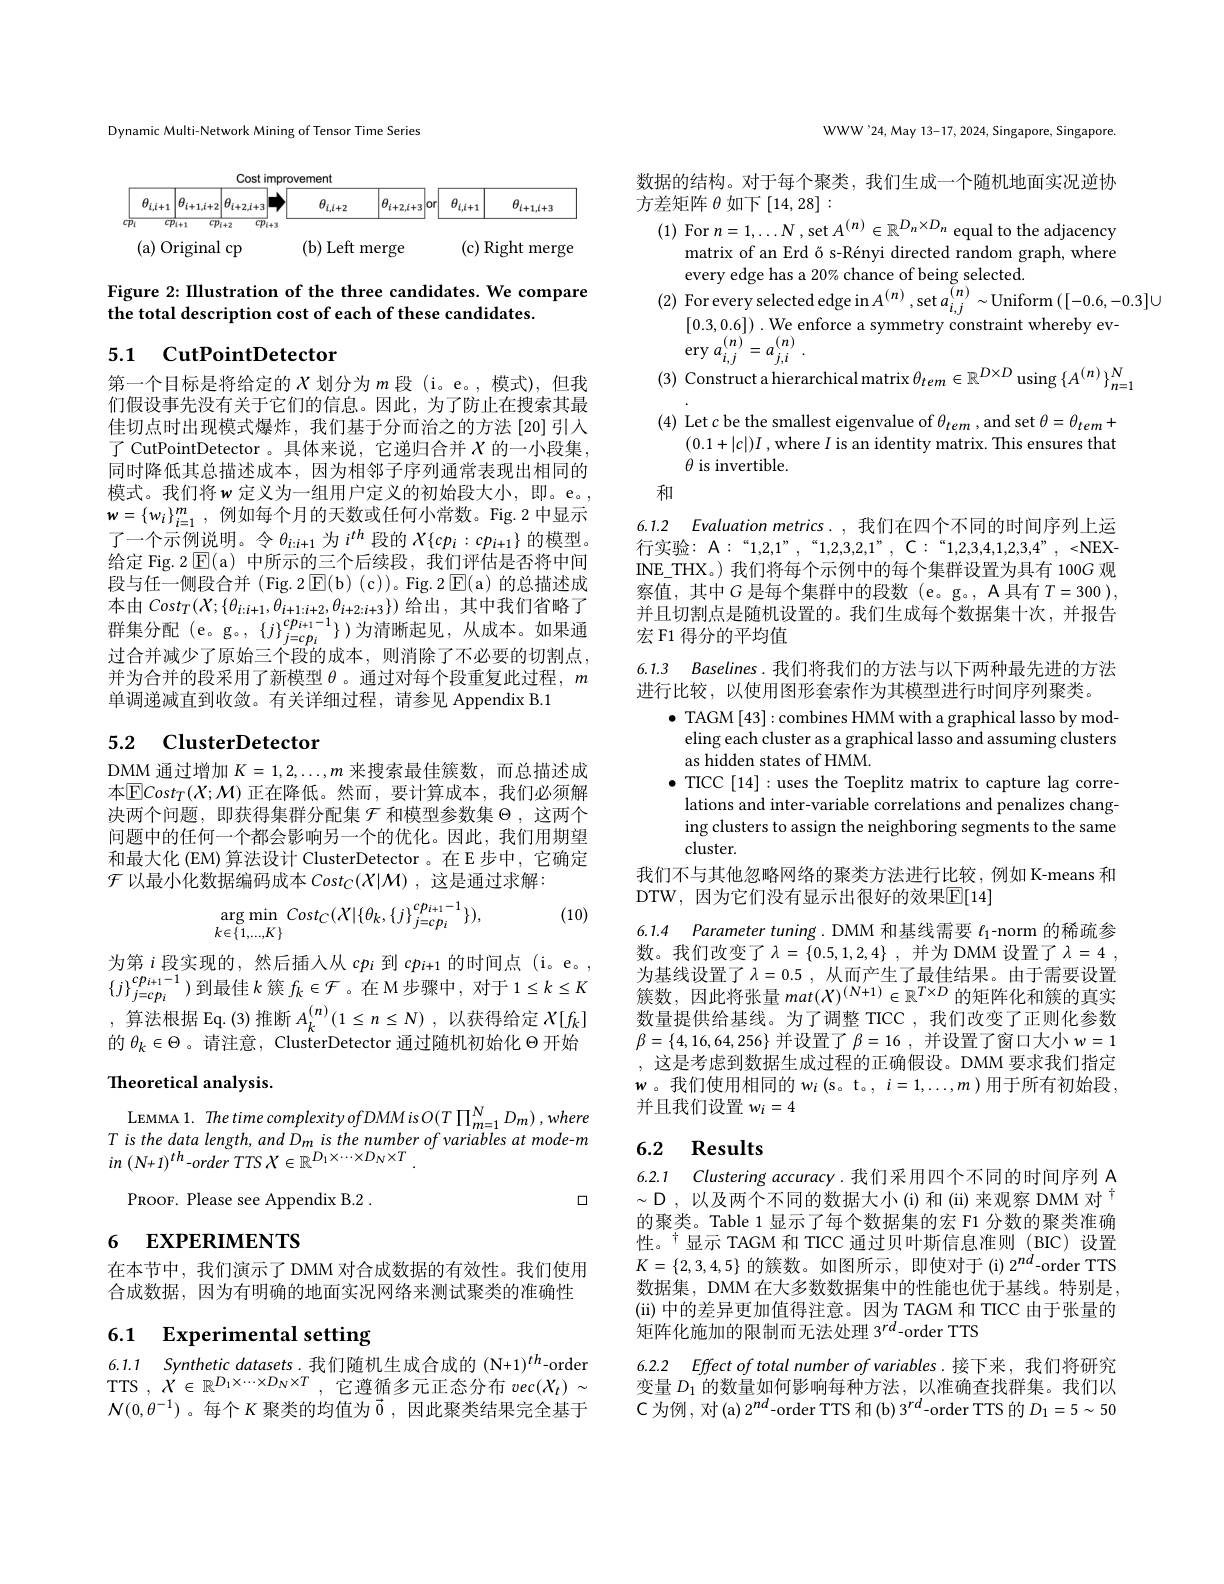
Dynamic Multi-Network Mining of Tensor Time Series

<FigureHere>

Figure 2: Illustration of the three candidates. We compare
the total description cost of each of these candidates.

## 5.1 CutPointDetector

第一个目标是将给定的$X$划分为$m$ 段(i。e。,模式),但我们假设事先没有关于它们的信息。因此，为了防止在搜索其最佳切点时出现模式爆炸，我们基于分而治之的方法[20]引入了 CutPointDetector 。具体来说，它递归合并$X$的一小段集， 同时降低其总描述成本，因为相邻子序列通常表现出相同的模式。我们将$w$ 定义为一组用户定义的初始段大小，即。e。, $w=\{w_i\}_{i=1}^m$,例如每个月的天数或任何小常数。Fig.2中显示了一个示例说明。令$\theta_i:i+1$为$i^{th}$段的$X\{cp_i:cp_{i+1}\}$的模型。给定 Fig. 2 $\operatorname{E}($a) 中所示的三个后续段，我们评估是否将中间段与任一侧段合并 (Fig.2$\operatorname{E}(\mathfrak{b})(\mathfrak{c}))$。Fig.2$\operatorname{E}(\mathfrak{a})$的总描述成本由$Cost_T(X;\{\theta_{i:i+1},\theta_{i+1:i+2},\theta_{i+2:i+3}\})$给出，其中我们省略了群集分配(e。g。,$\{j\}_{j=cp_i}^{cp_{i+1}-1}\})为清晰起见，从成本。如果通$ 过合并减少了原始三个段的成本，则消除了不必要的切割点， 并为合并的段采用了新模型$\theta$。通过对每个段重复此过程，$m$ 单调递减直到收敛。有关详细过程，请参见 Appendix B.1

## 5.2 ClusterDetector

DMM 通过增加$K=1,2,\ldots,m$来搜索最佳簇数，而总描述成本$\overline {\mathrm{E} }Cost_T( X; \mathcal{M} )$ 正在降低。然而，要计算成本，我们必须解决两个问题，即获得集群分配集$\mathcal{F}$和模型参数集$\Theta$,这两个问题中的任何一个都会影响另一个的优化。因此，我们用期望和最大化 (EM) 算法设计 ClusterDetector 。在 E 步中，它确定$\mathcal{F}$以最小化数据编码成本$Cost_C(X|\mathcal{M})$,这是通过求解：

(10)
$$\arg\min_{k\in\{1,...,K\}}Cost_{C}(X|\{\theta_{k},\{j\}_{j=cp_{i}}^{cp_{i+1}-1}\}),$$
为 第 $i$ 段 实 现 的 , 然 后 插 入 从 $cp_{i}$ 到 $cp_{i+ 1}$ 的 时 间 点 (i。e。, $\{ j\} _{j= cp_{i}}^{cp_{i+ 1}- 1})$ 到 最 佳 $k$ 簇 $f_{k}\in \mathcal{F}$ 。在 M 步 骤 中 , 对 于 $1\leq k\leq K$ 的 : 由 由 由 $r_{i}( n)$ , thaur $( n)$ , thaur $( n)$ , thaur $( n)$ , thaur $( n)$ , thaur $( n)$ , thaur $( n)$ , thaur $( n)$ , t ,算法根据 Eq.(3)推断$A_k^{(n)}(1\leq n\leq N)$,以获得给定$X[f_k]$ 的$\theta_k\in\Theta$。请注意，ClusterDetector 通过随机初始化$\Theta$开始Theoretical analysis.

LEMMA 1. The time complexity ofDMM is O(T $\Pi_{m=1}^{N}D_{m})$ ,where $T$ is the data length, and Dm is the number of variables at mode-m $in$ $( N+ 1) ^{th}$-order TTS $X\in \mathbb{R} _1^D\times \cdots \times D_N\times T$ .

口

PROOF. Please see Appendix B.2 .

# 6 EXPERIMENTS

在本节中，我们演示了 DMM 对合成数据的有效性。我们使用合成数据，因为有明确的地面实况网络来测试聚类的准确性

# 6.1 Experimental setting

6.1.1 Synthetic datasets.我们随机生成合成的(N+1)$^{th}$-order TTS $,X\in\mathbb{R}^{D_1\times\cdots\times D_N\times T}$,它遵循多元正态分布$vec(X_t)\sim$ $\mathcal{N}(0,\theta^{-1})$。每个$K$聚类的均值为$\vec{0}$,因此聚类结果完全基于

WWW'24,May 13-17, 2024, Singapore, Singapore.

数据的结构。对于每个聚类，我们生成一个随机地面实况逆协
方差矩阵$\theta$如下[14,28]:
(1) For $n=1,\ldots N$ , set $A^{(n)}\in\mathbb{R}^{D_n\times D_n}$ equal to the adjacency

matrix of an Erd ő s-Rényi directed random graph, where
every edge has a 20% chance of being selected.
(2) For every selected edge in $A^{(n)},\sec a_{i,j}^{(n)}\sim$Uniform$\left([-0.6,-0.3]\cup\right.$
[0.3,0.6]) . We enforce a symmetry constraint whereby ev- ery $a_{i, j}^{( n) }= a_{j, i}^{( n) }$ .
(3) Construct a hierarchical matrix $\theta_tem\in\mathbb{R}^{D\times D}$ using $\{A^{(n)}\}_n=1^N$
(4) Let $c$ be the smallest eigenvalue of $\theta_tem$,and set $\theta=\theta_tem+$
$(0.1+|c|)I$ , where $I$ is an identity matrix. This ensures that
$\theta$ is invertible.

和

6.1.2 Evaluation metrics. ,我们在四个不同的时间序列上运行 实 验 : A: “ 1, 2, 1” , “ 1, 2, 3, 2, 1” , C: “ 1, 2, 3, 4, 1, 2, 3, 4" , < NEX- INE\_THX。) 我们将每个示例中的每个集群设置为具有 100G 观察值，其中$G$ 是每个集群中的段数 (e。g。, A 具有 $T=300)$, 并且切割点是随机设置的。我们生成每个数据集十次，并报告宏 F1 得分的平均值

6.1.3 Baselines. 我们将我们的方法与以下两种最先进的方法
进行比较，以使用图形套索作为其模型进行时间序列聚类。
$\bullet$ TAGM [43]:combines HMM with a graphical lasso by modeling each cluster as a graphical lasso and assuming clusters as hidden states of HMM.
$\bullet$ TICC [14]:uses the Toeplitz matrix to capture lag correlations and inter-variable correlations and penalizes changing clusters to assign the neighboring segments to the same cluster.
我们不与其他忽略网络的聚类方法进行比较，例如 K-means 和
DTW, 因为它们没有显示出很好的效果$\overline{\mathbb{E}}[14]$
6.1.4 Parameter tuning. DMM 和基线需要$\ell_1$-norm 的稀疏参数。我们改变了$\lambda = \{ 0. 5, 1, 2, 4\}$ ,并为 DMM 设置了$\lambda = 4$ ,

为基线设置了$\lambda=0.5$, 从而产生了最佳结果。由于需要设置簇数，因此将张量$mat(X)^{(N+1)}\in\mathbb{R}^{T\times D}$的矩阵化和簇的真实数量提供给基线。为了调整 TICC,我们改变了正则化参数$\beta=\{4,16,64,256\}$ 并设置了$\beta=16$,并设置了窗口大小$w=1$ ,这是考虑到数据生成过程的正确假设。DMM 要求我们指定$w$。我们使用相同的 w$_i\left(\mathrm{s}\text{。t}_{\circ},\:i=1,\ldots,m\right)$用于所有初始段， 并且我们设置$w_i=4$

## 6.2 Results

6.2.1 Clustering accuracy.我们采用四个不同的时间序列 A $\sim\mathcal{D}$, 以及两个不同的数据大小(i)和(ii)来观察 DMM 对$^\dagger$ 的聚类。Table 1 显示了每个数据集的宏 F1 分数的聚类准确性。十显示 TAGM 和 TICC 通过贝叶斯信息准则 (BIC) 设置$K=\{2,3,4,5\}$的簇数。如图所示，即使对于(i)2$^nd$-order TTS 数据集，DMM 在大多数数据集中的性能也优于基线。特别是， (ii)中的差异更加值得注意。因为 TAGM 和 TICC 由于张量的矩阵化施加的限制而无法处理 3$^{rd}$-order TTS

6.2.2 Effect of total number of variables.接下来，我们将研究变量$D_{1}$的数量如何影响每种方法，以准确查找群集。我们以$\mathcal{C}$ 为例 , 对 (a) 2$^nd$-order TTS 和(b) 3$^rd$-order TTS 的$D_1=5\sim50$